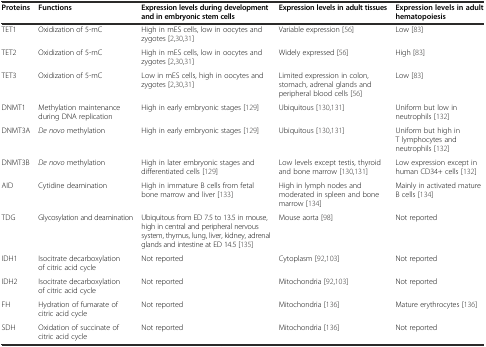
<table><thead><tr><td><b>Proteins</b></td><td><b>Functions</b></td><td><b>Expression levels during development and in embryonic stem cells</b></td><td><b>Expression levels in adult tissues</b></td><td><b>Expression levels in adult hematopoiesis</b></td></tr></thead><tbody><tr><td>TET1</td><td>Oxidization of 5-mC</td><td>High in mES cells, low in oocytes and zygotes [2,30,31]</td><td>Variable expression [56]</td><td>Low [83]</td></tr><tr><td>TET2</td><td>Oxidization of 5-mC</td><td>High in mES cells, low in oocytes and zygotes [2,30,31]</td><td>Widely expressed [56]</td><td>High [83]</td></tr><tr><td>TET3</td><td>Oxidization of 5-mC</td><td>Low in mES cells, high in oocytes and zygotes [2,30,31]</td><td>Limited expression in colon, stomach, adrenal glands and peripheral blood cells [56]</td><td>Low [83]</td></tr><tr><td>DNMT1</td><td>Methylation maintenance during DNA replication</td><td>High in early embryonic stages [129]</td><td>Ubiquitous [130,131]</td><td>Uniform but low in neutrophils [132]</td></tr><tr><td>DNMT3A</td><td><i>De novo</i> methylation</td><td>High in early embryonic stages [129]</td><td>Ubiquitous [130,131]</td><td>Uniform but high in T lymphocytes and neutrophils [132]</td></tr><tr><td>DNMT3B</td><td><i>De novo</i> methylation</td><td>High in later embryonic stages and differentiated cells [129]</td><td>Low levels except testis, thyroid and bone marrow [130,131]</td><td>Low expression except in human CD34+ cells [132]</td></tr><tr><td>AID</td><td>Cytidine deamination</td><td>High in immature B cells from fetal bone marrow and liver [133]</td><td>High in lymph nodes and moderated in spleen and bone marrow [134]</td><td>Mainly in activated mature B cells [134]</td></tr><tr><td>TDG</td><td>Glycosylation and deamination</td><td>Ubiquitous from ED 7.5 to 13.5 in mouse, high in central and peripheral nervous system, thymus, lung, liver, kidney, adrenal glands and intestine at ED 14.5 [135]</td><td>Mouse aorta [98]</td><td>Not reported</td></tr><tr><td>IDH1</td><td>Isocitrate decarboxylation of citric acid cycle</td><td>Not reported</td><td>Cytoplasm [92,103]</td><td>Not reported</td></tr><tr><td>IDH2</td><td>Isocitrate decarboxylation of citric acid cycle</td><td>Not reported</td><td>Mitochondria [92,103]</td><td>Not reported</td></tr><tr><td>FH</td><td>Hydration of fumarate of citric acid cycle</td><td>Not reported</td><td>Mitochondria [136]</td><td>Mature erythrocytes [136]</td></tr><tr><td>SDH</td><td>Oxidation of succinate of citric acid cycle</td><td>Not reported</td><td>Mitochondria [136]</td><td>Not reported</td></tr></tbody></table>